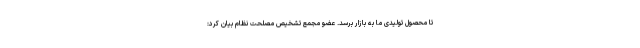
تا محصول تولیدی ما به بازار برسد. عضو مجمع تشخیص مصلحت نظام بیان کرد: